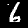
Label: 6